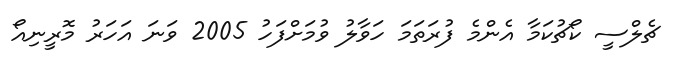
ޗެލްސީ ކޯޗުކަމާ އެންމެ ފުރަތަމަ ހަވާލު ވުމަށްފަހު 2005 ވަނަ އަހަރު މޮރީނިއޯ